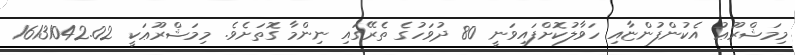
މިމަޝްރޫޢު އެކުންފުންޏާއި ހަވާލުކޮށްފައިވަނީ 80 ދުވަހުގެ ތެރޭގައި ނިންމާ ގޮތަށެވެ. މިމަޝްރޫޢަކީ 16131042.02